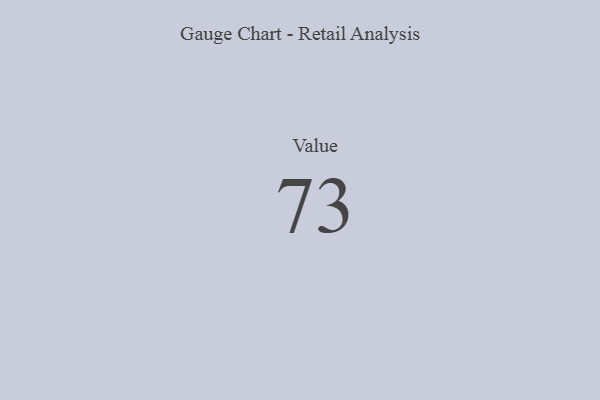
{"axis": {"x": "Metric", "y": "Value"}, "legend": [""], "data": [{"x": "Value", "y": 73, "type": ""}]}